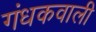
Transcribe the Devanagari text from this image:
गंधकवाली